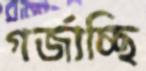
গর্‌জাচ্ছি